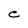
Character: C